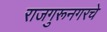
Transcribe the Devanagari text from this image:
राजगुरूनगरचे